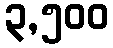
၃,၅၀၀